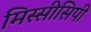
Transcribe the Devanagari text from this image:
मिस्सीसिपी